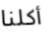
أكلنا